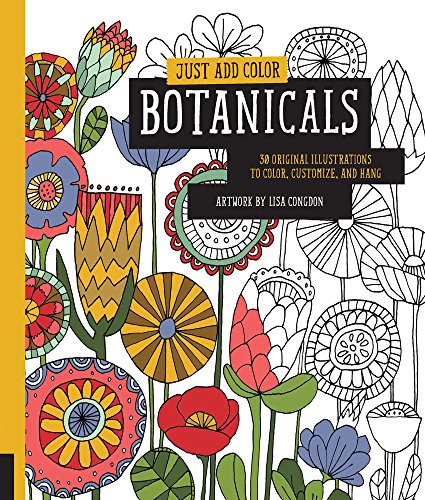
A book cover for Just Add Color: Botanicals: 30 Original Illustrations To Color, Customize, and Hang; Lisa Congdon; Arts & Photography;